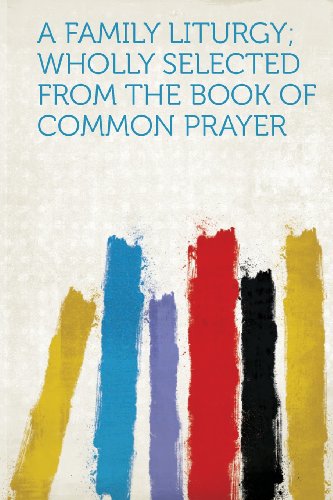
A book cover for A Family Liturgy; Wholly Selected from the Book of Common Prayer; Christian Books & Bibles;